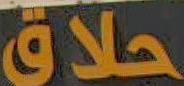
حلاق